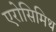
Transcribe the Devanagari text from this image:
एरोसिमिथ